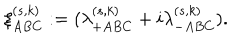
LaTeX: \xi _ { A B C } ^ { ( s , k ) } : = ( \lambda _ { + A B C } ^ { ( s , k ) } + i \lambda _ { - A B C } ^ { ( s , k ) } ) .